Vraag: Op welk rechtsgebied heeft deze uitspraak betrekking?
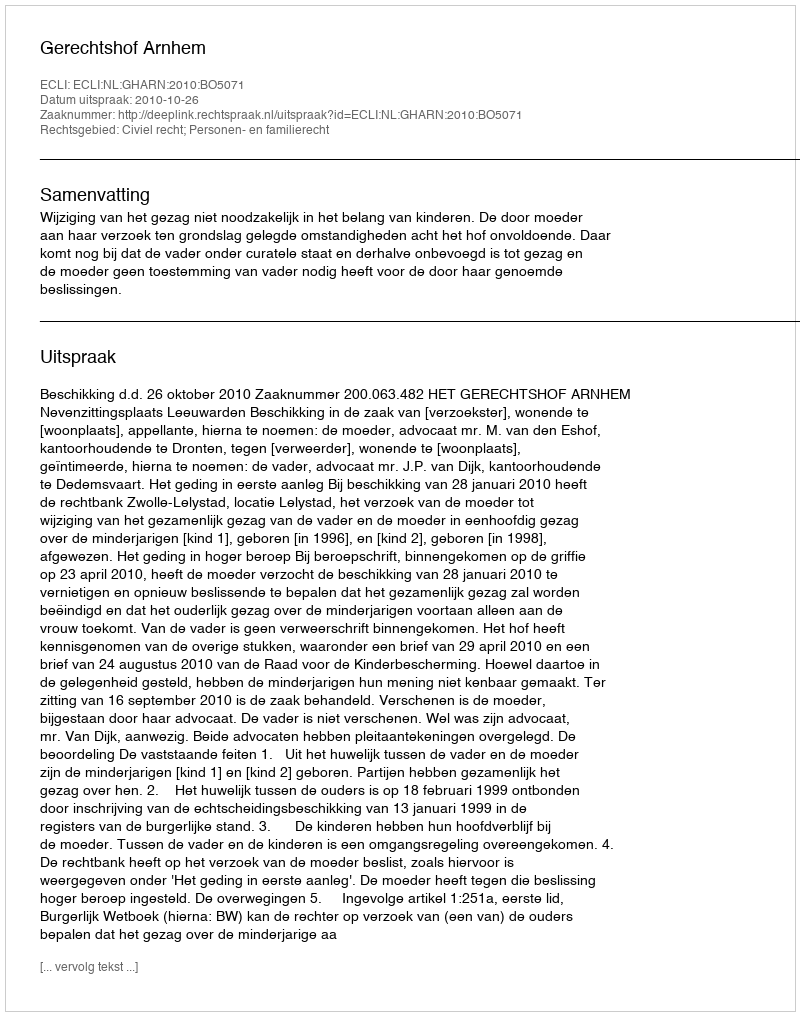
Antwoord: Civiel recht; Personen- en familierecht